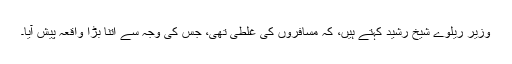
وزیر ریلوے شیخ رشید کہتے ہیں، کہ مسافروں کی غلطی تھی، جس کی وجہ سے اتنا بڑا واقعہ پیش آیا۔